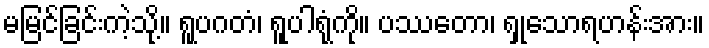
မမြင်ခြင်းကဲ့သို့။ ရူပဂတံ၊ ရူပါရုံကို။ ပဿတော၊ ရှုသောရဟန်းအား။